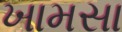
ખામસા